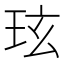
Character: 玹